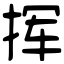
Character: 挥